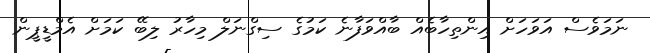
ނަމަވެސް އަވަހަށް އިންތިހާބެއް ބާއްވަފާނެ ކަމުގެ ސިގްނަލް މިހާރު ލިބޭ ކަމަށް އެމްޑީޕީން